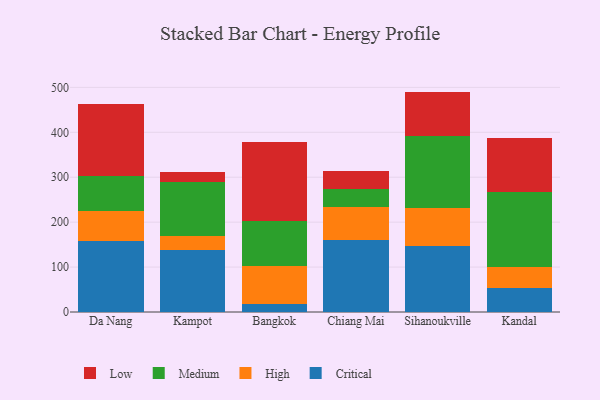
{"axis": {"x": "City", "y": "Active Users"}, "legend": ["Critical", "High", "Low", "Medium"], "data": [{"x": "Da Nang", "y": 159.0, "type": "Critical"}, {"x": "Da Nang", "y": 66.6, "type": "High"}, {"x": "Da Nang", "y": 77.2, "type": "Medium"}, {"x": "Da Nang", "y": 159.6, "type": "Low"}, {"x": "Kampot", "y": 138.1, "type": "Critical"}, {"x": "Kampot", "y": 31.2, "type": "High"}, {"x": "Kampot", "y": 120.6, "type": "Medium"}, {"x": "Kampot", "y": 22.3, "type": "Low"}, {"x": "Bangkok", "y": 17.1, "type": "Critical"}, {"x": "Bangkok", "y": 85.8, "type": "High"}, {"x": "Bangkok", "y": 100.4, "type": "Medium"}, {"x": "Bangkok", "y": 176.0, "type": "Low"}, {"x": "Chiang Mai", "y": 160.7, "type": "Critical"}, {"x": "Chiang Mai", "y": 72.4, "type": "High"}, {"x": "Chiang Mai", "y": 40.4, "type": "Medium"}, {"x": "Chiang Mai", "y": 39.8, "type": "Low"}, {"x": "Sihanoukville", "y": 148.0, "type": "Critical"}, {"x": "Sihanoukville", "y": 82.8, "type": "High"}, {"x": "Sihanoukville", "y": 161.9, "type": "Medium"}, {"x": "Sihanoukville", "y": 97.9, "type": "Low"}, {"x": "Kandal", "y": 52.6, "type": "Critical"}, {"x": "Kandal", "y": 48.6, "type": "High"}, {"x": "Kandal", "y": 166.4, "type": "Medium"}, {"x": "Kandal", "y": 120.4, "type": "Low"}]}